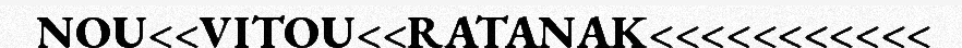
NOU<<VITOU<<RATANAK<<<<<<<<<<<